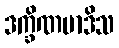
ဒက္ခိဏမာဒိသ